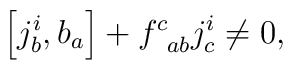
\left[ j_{b}^{i},b_{a}\right] +f_{\;\;ab}^{c}j_{c}^{i}\neq 0,